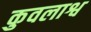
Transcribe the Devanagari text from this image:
कुवलाश्व